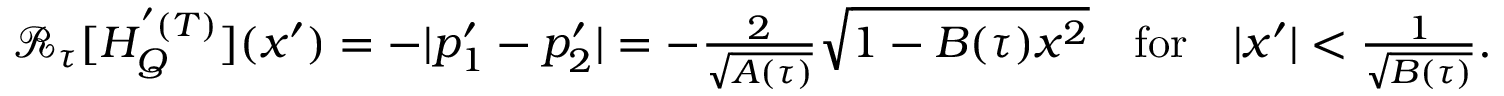
\begin{array} { r } { \mathcal { R } _ { \tau } [ H _ { Q } ^ { ' ( T ) } ] ( x ^ { \prime } ) = - | p _ { 1 } ^ { \prime } - p _ { 2 } ^ { \prime } | = - \frac { 2 } { \sqrt { A ( \tau ) } } \sqrt { 1 - B ( \tau ) x ^ { 2 } } \ \ \ \mathrm { f o r } \ \ \ | x ^ { \prime } | < \frac { 1 } { \sqrt { B ( \tau ) } } . \ \ \ \ \ \ \ \ } \end{array}